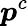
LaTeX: \boldsymbol{p}^{c}